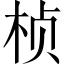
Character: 桢